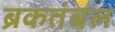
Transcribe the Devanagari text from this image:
ब्रकतंबल